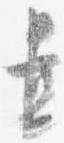
置